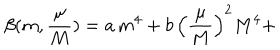
LaTeX: \beta ( m , \frac { \mu } { M } ) = a \, m ^ { 4 } + b \, \left( \frac { \mu } { M } \right) ^ { 2 } M ^ { 4 } +